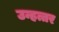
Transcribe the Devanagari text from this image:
उन्हत्तर